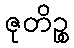
ဇုတိဉ္စ